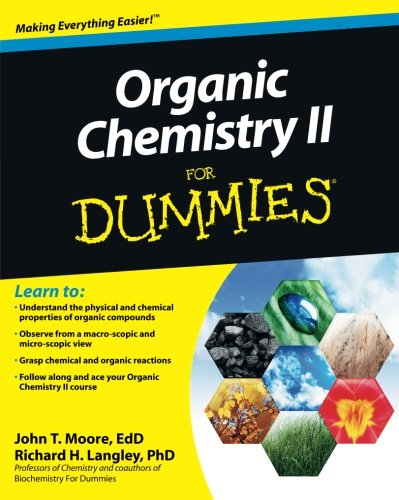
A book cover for Organic Chemistry II For Dummies; John T. Moore; Science & Math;